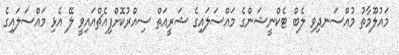
މައުލޫމާތު މުއްސަނދިވި ލެބް ޓެކްނީޝަންގެ މައްސަލައިގެ ޝަރީއަތް ސިއްރުކޮށްފިއެޗްއައިވީ ލޭ އެޅި މައްސަލައިގެ